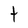
Character: t